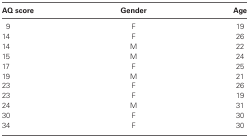
<table><thead><tr><td><b>AQ score</b></td><td><b>Gender</b></td><td><b>Age</b></td></tr></thead><tbody><tr><td>9</td><td>F</td><td>19</td></tr><tr><td>14</td><td>F</td><td>26</td></tr><tr><td>14</td><td>M</td><td>22</td></tr><tr><td>15</td><td>M</td><td>24</td></tr><tr><td>17</td><td>F</td><td>25</td></tr><tr><td>19</td><td>M</td><td>21</td></tr><tr><td>23</td><td>F</td><td>26</td></tr><tr><td>23</td><td>F</td><td>19</td></tr><tr><td>24</td><td>M</td><td>31</td></tr><tr><td>30</td><td>F</td><td>30</td></tr><tr><td>34</td><td>F</td><td>30</td></tr></tbody></table>